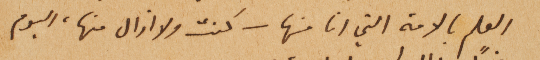
العلم بالامة التي انا منها – كنت ولا ازال منها، اليوم